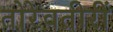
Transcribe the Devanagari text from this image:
तोरेवतीरीं